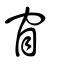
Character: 窅